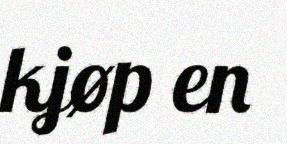
kjøp en